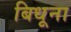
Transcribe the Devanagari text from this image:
बिधूना